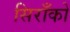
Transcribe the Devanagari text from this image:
सिराँको